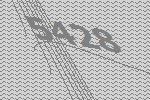
5428